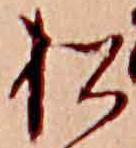
松